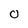
Character: 0